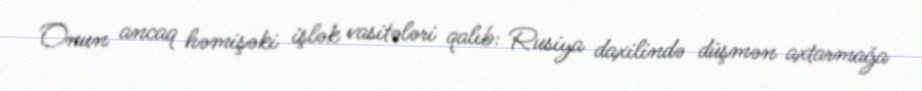
Onun ancaq həmişəki işlək vasitələri qalıb: Rusiya daxilində düşmən axtarmağa